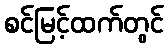
စင်မြင့်ထက်တွင်